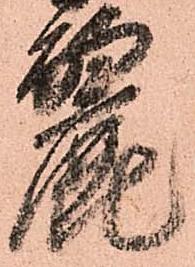
麗